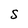
Character: S